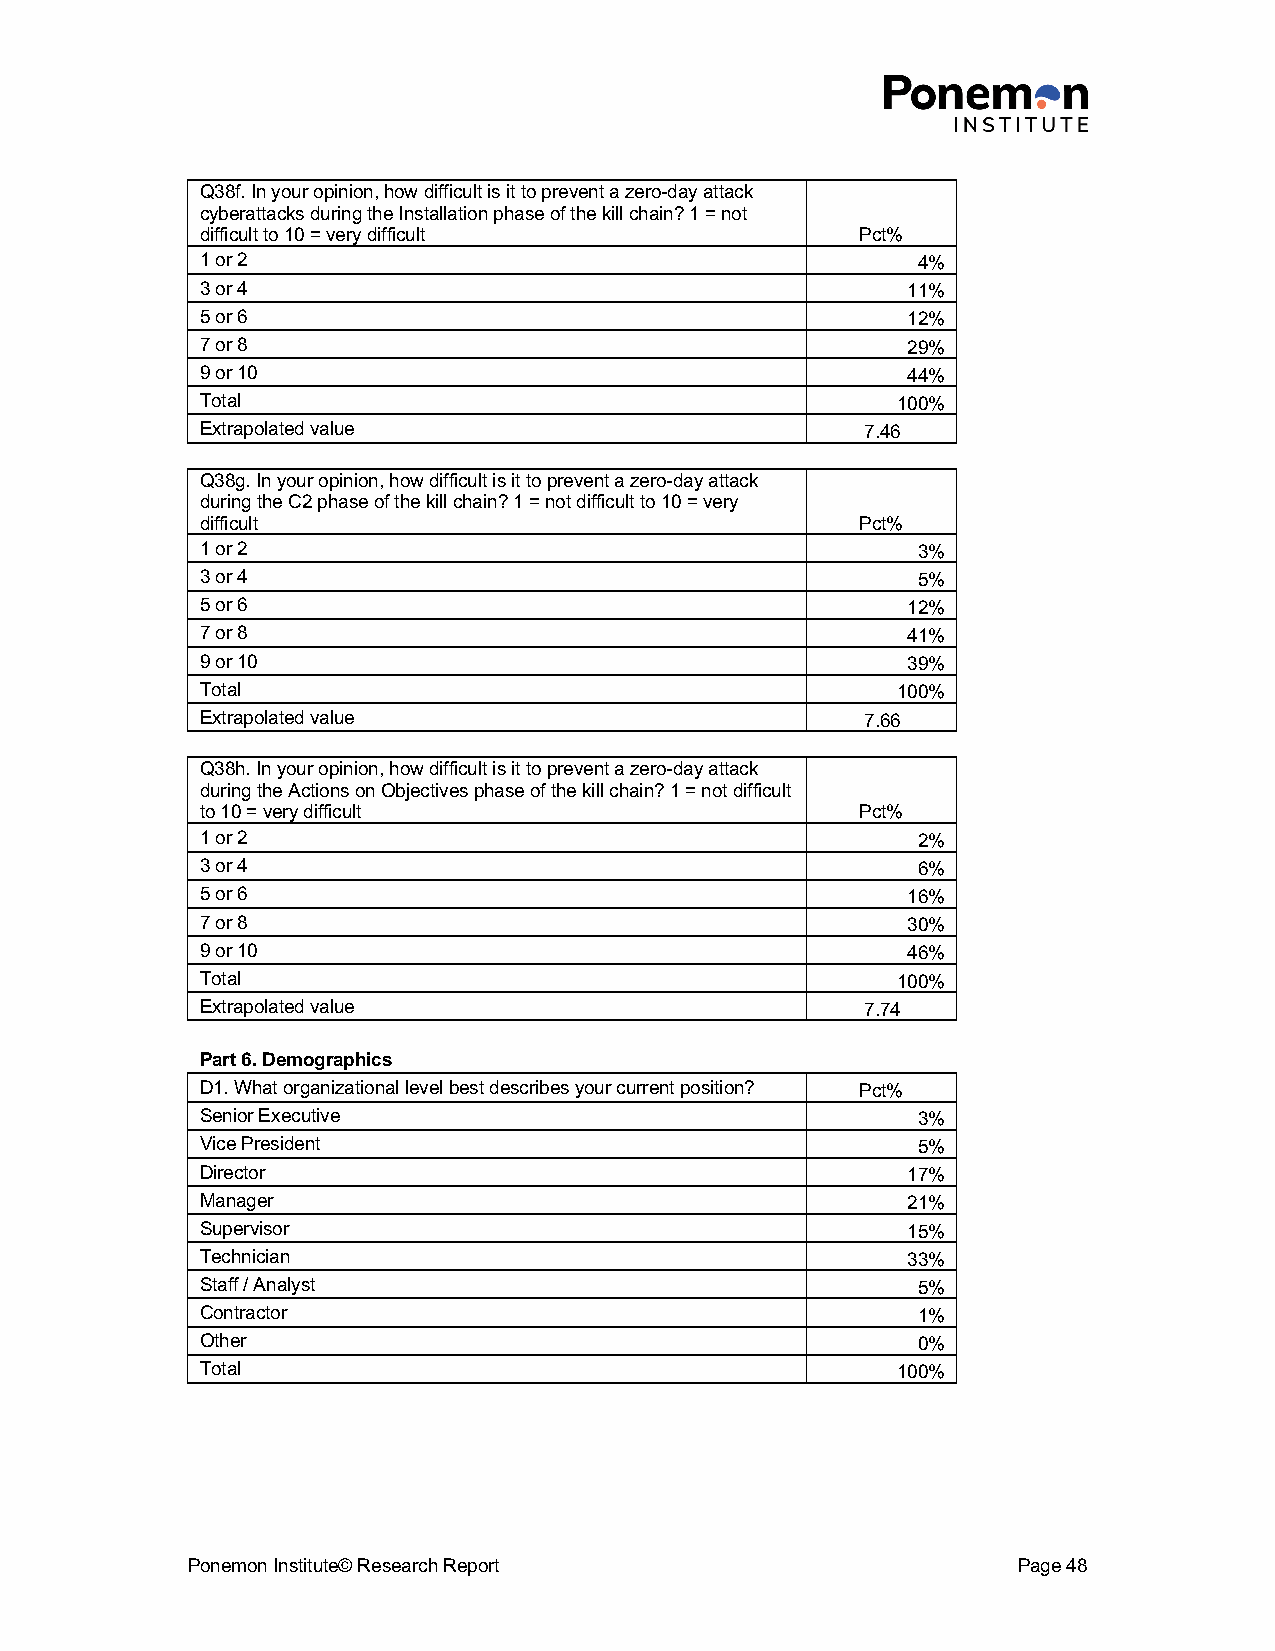
Q38f. In your opinion, how difficult is it to prevent a zero-day attack
 cyberattacks during the Installation phase of the kill chain? 1 = not
 difficult to 10 = very difficult            Pct%
 1 or 2                                          4%
 3 or 4                                         11%
 5 or 6                                         12%
 7 or 8                                         29%
 9 or 10                                        44%
 Total                                         100%
 Extrapolated value                          7.46
 Q38g. In your opinion, how difficult is it to prevent a zero-day attack
 during the C2 phase of the kill chain? 1 = not difficult to 10 = very
 difficult                                   Pct%
 1 or 2                                          3%
 3 or 4                                          5%
 5 or 6                                         12%
 7 or 8                                         41%
 9 or 10                                        39%
 Total                                         100%
 Extrapolated value                          7.66
 Q38h. In your opinion, how difficult is it to prevent a zero-day attack
 during the Actions on Objectives phase of the kill chain? 1 = not difficult
 to 10 = very difficult                      Pct%
 1 or 2                                          2%
 3 or 4                                          6%
 5 or 6                                         16%
 7 or 8                                         30%
 9 or 10                                        46%
 Total                                         100%
 Extrapolated value                          7.74
 Part 6. Demographics
 D1. What organizational level best describes your current position? Pct%
 Senior Executive                                3%
 Vice President                                  5%
 Director                                       17%
 Manager                                        21%
 Supervisor                                     15%
 Technician                                     33%
 Staff / Analyst                                 5%
 Contractor                                      1%
 Other                                           0%
 Total                                         100%
 Ponemon Institute© Research Report                     Page 48